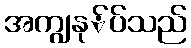
အကျွနု်ပ်သည်